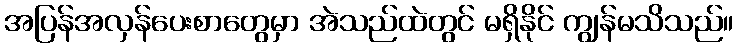
အပြန်အလှန်ပေးစာတွေမှာ အဲသည်ထဲတွင် မရှိနိုင် ကျွန်မသိသည်။